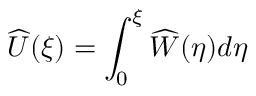
\widehat { U } ( \xi ) = \int _ { 0 } ^ { \xi } \widehat { W } ( \eta ) d \eta